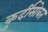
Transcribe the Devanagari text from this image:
कुर्दीसोबत